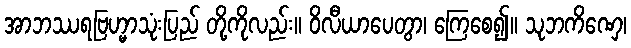
အာဘဿရဗြဟ္မာသုံးပြည် တို့ကိုလည်း။ ဝိလီယာပေတွာ၊ ကြေစေ၍။ သုဘကိဏှေ၊